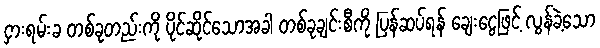
ငှားရမ်းခ တစ်ခုတည်းကို ပိုင်ဆိုင်သောအခါ တစ်ခုချင်းစီကို ပြန်ဆပ်ရန် ချေးငွေဖြင့် လွန်ခဲ့သော